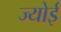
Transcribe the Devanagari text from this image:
ज्योई